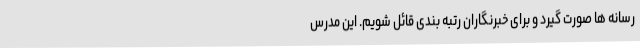
رسانه ها صورت گیرد و برای خبرنگاران رتبه بندی قائل شویم. این مدرس